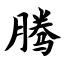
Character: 腾